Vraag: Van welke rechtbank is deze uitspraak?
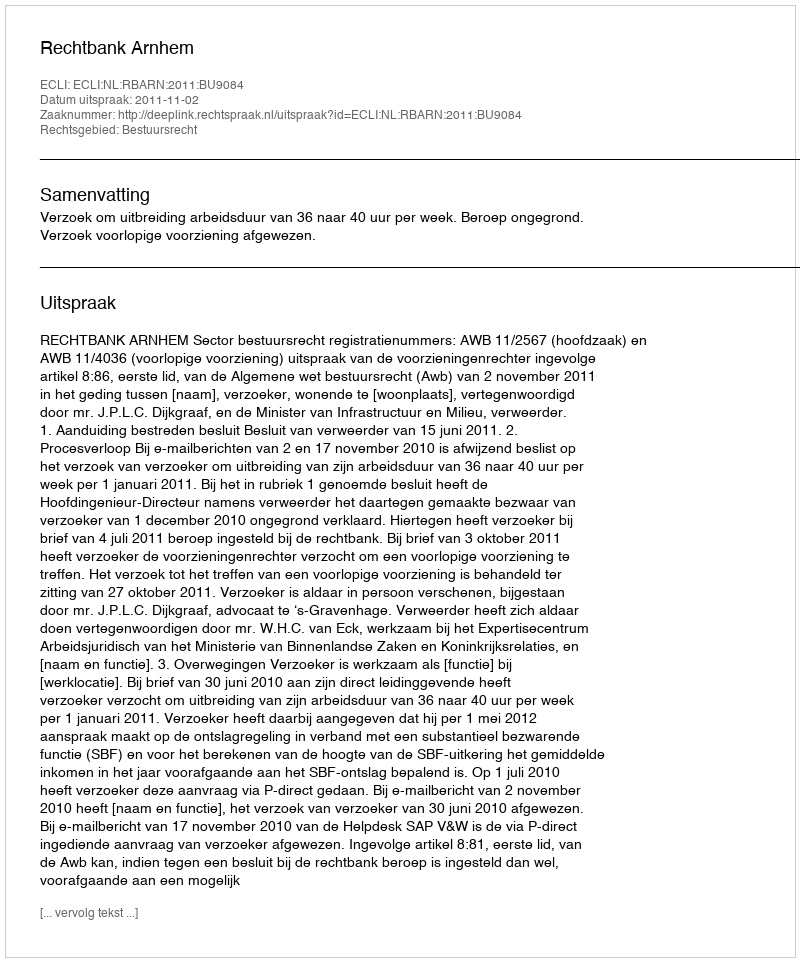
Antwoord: Rechtbank Arnhem